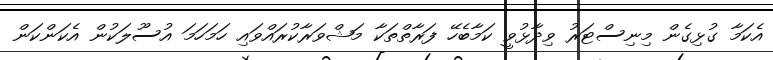
އެކަމާ ގުޅިގެން މިނިސްޓަރު ވިދާޅުވީ ކަމާބެހޭ ފަރާތްތަކާ މަޝްވަރާކުރައްވައި ހަމަހަމަ އުސޫލަކުން އެކަންކަން